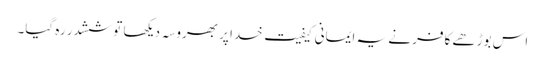
اس بوڑھے کافر نے یہ ایمانی کیفیت خدا پر بھروسہ دیکھا تو ششدر رہ گیا۔